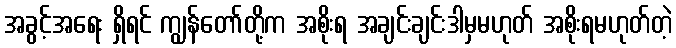
အခွင့်အရေး ရှိရင် ကျွန်တော်တို့က အစိုးရ အချင်းချင်းဒါမှမဟုတ် အစိုးရမဟုတ်တဲ့